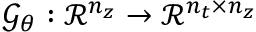
\mathcal G _ { \boldsymbol \theta } : \mathcal { R } ^ { n _ { z } } \rightarrow \mathcal { R } ^ { n _ { t } \times n _ { z } }